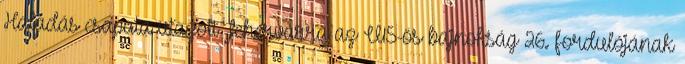
Haladás csapata utazott Fehérvárra az U15-ös bajnokság 26. fordulójának